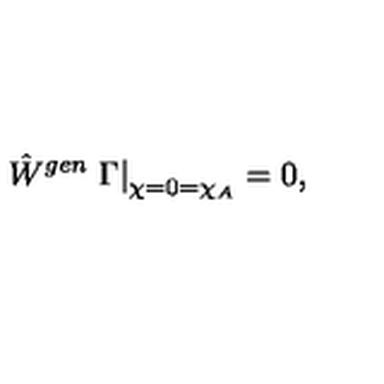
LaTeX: \hat { W } ^ { g e n } \left. \Gamma \right| _ { \chi = 0 = \chi _ { A } } = 0 ,